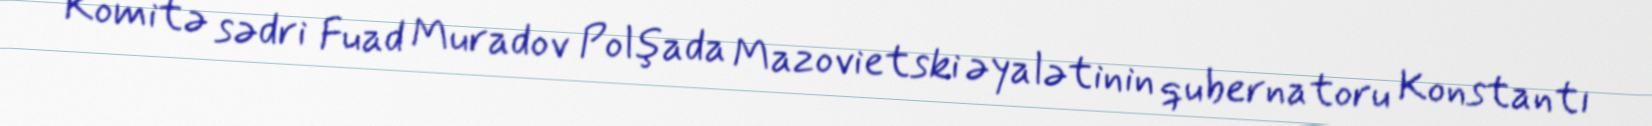
Komitə sədri Fuad Muradov Polşada Mazovietski əyalətinin qubernatoru Konstantı